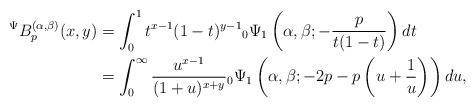
LaTeX: \begin{align*}{}^{\Psi}B_{p}^{(\alpha,\beta)}(x,y)&=\int_{0}^{1}t^{x-1}(1-t)^{y-1}{}_{0}\Psi_{1}\left( \alpha,\beta;-\frac{p}{t(1-t)}\right) dt\\&=\int_{0}^{\infty} \frac{u^{x-1}}{(1+u)^{x+y}}{}_{0}\Psi_{1}\left( \alpha,\beta;-2p-p\left( u+\frac{1}{u}\right) \right)du,\end{align*}